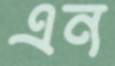
এন